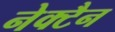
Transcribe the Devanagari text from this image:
नेक्टैन